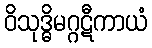
ဝိသုဒ္ဓိမဂ္ဂဋီကာယံ